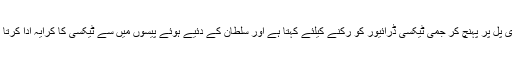
راوی پُل پر پہنچ کر جمی ٹیکسی ڈرائیور کو رکنے کیلئے کہتا ہے اور سلطان کے دئیے ہوئے پیسوں میں سے ٹیکسی کا کرایہ ادا کرتا ہے۔